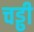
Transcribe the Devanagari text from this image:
चड्ढी